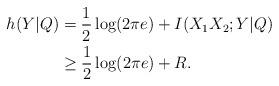
LaTeX: \begin{align*}h(Y|Q)&=\frac{1}{2}\log(2\pi e)+I(X_1X_2;Y|Q)\\&\geq\frac{1}{2}\log(2\pi e)+R.\end{align*}